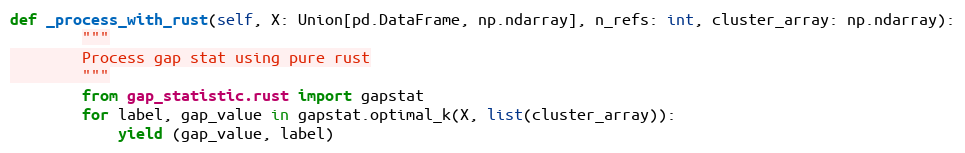
Language: Python
def _process_with_rust(self, X: Union[pd.DataFrame, np.ndarray], n_refs: int, cluster_array: np.ndarray):
        """
        Process gap stat using pure rust
        """
        from gap_statistic.rust import gapstat
        for label, gap_value in gapstat.optimal_k(X, list(cluster_array)):
            yield (gap_value, label)